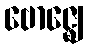
ဗောဇ္ဈေ